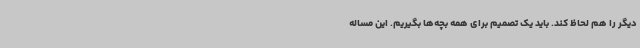
دیگر را هم لحاظ کند. باید یک تصمیم برای همه بچه‌ها بگیریم. این مساله